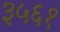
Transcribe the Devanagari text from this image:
३५६१